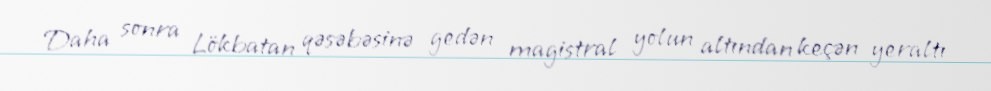
Daha sonra Lökbatan qəsəbəsinə gedən magistral yolun altından keçən yeraltı